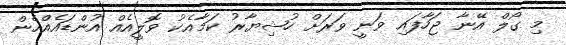
މި ގޯލް އޭނާ ޖަހާފައި ވަނީ ވަރަށް ހުޝިޔާރު ކަމާއެކު ވޮލީއެއް އުންޑައެއްހެން